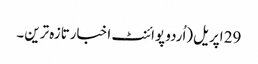
29 اپریل(اُردو پوائنٹ اخبارتازہ ترین۔